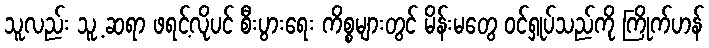
သူလည်း သူ့ ဆရာ ဖရင့်လိုပင် စီးပွားရေး ကိစ္စများတွင် မိန်းမတွေ ဝင်ရှုပ်သည်ကို ကြိုက်ဟန်